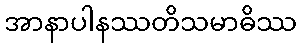
အာနာပါနဿတိသမာဓိဿ